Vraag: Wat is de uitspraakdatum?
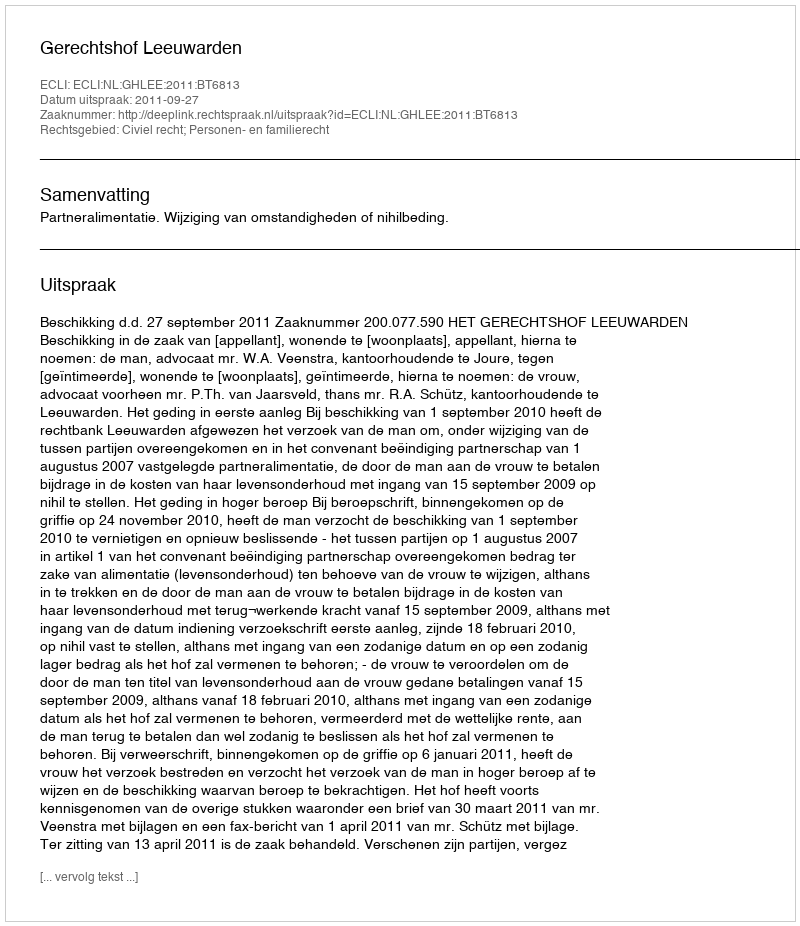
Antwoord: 2011-09-27